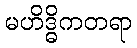
မဟိဒ္ဓိကတရာ